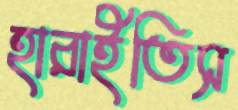
হারাইতিস